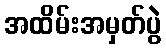
အထိမ်းအမှတ်ပွဲ